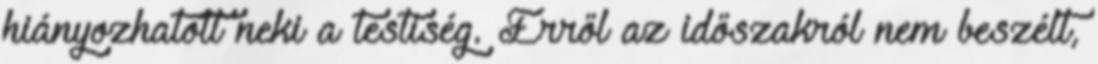
hiányozhatott neki a testiség. Erről az időszakról nem beszélt,